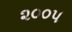
૨૦૦૫